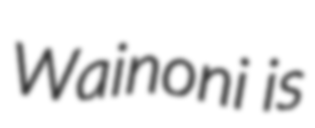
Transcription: Wainoni is